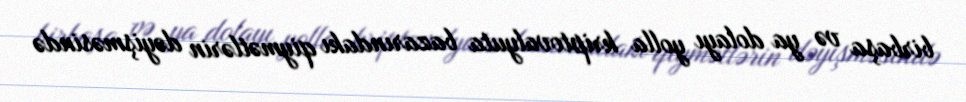
birbaşa və ya dolayı yolla kriptovalyuta bazarındakı qiymətlərin dəyişməsində